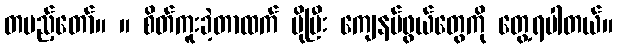
တပည့်တော်။ ။ စိတ်ကူးခဲ့တာထက် ပိုပြီး ကျေနပ်ဖွယ်တွေကို တွေ့ရပါတယ်။